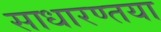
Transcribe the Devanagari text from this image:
साधारण्तया